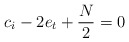
\begin{align*}c_i-2e_t +\frac{N}{2}& = 0\end{align*}